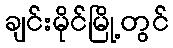
ချင်းမိုင်မြို့တွင်